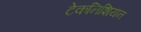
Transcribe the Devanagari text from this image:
टेकनिशियन